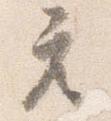
座